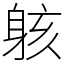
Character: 䠹